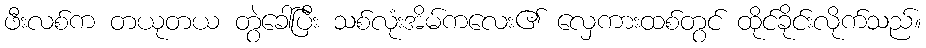
ဖီးလစ်က တယုတယ တွဲခေါ်ပြီး သစ်လုံးအိမ်ကလေး၏ လှေကားထစ်တွင် ထိုင်ခိုင်းလိုက်သည်။